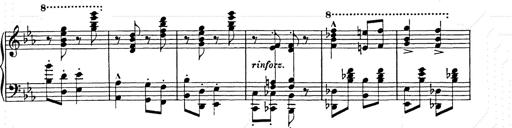
Title: Hungarian Rhapsody No.9
Composer: Franz Liszt
Key: E-flat major